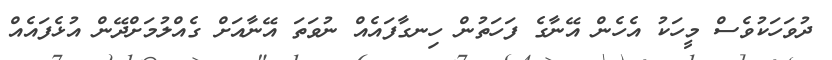
ދުވަހަކުވެސް މީހަކު އެހެން އޭނާގެ ފަހަތުން ހިނގާފައެއް ނުވަތަ އޭނާއަށް ގެއްލުމަށްދޭން އުޅެފައެއް